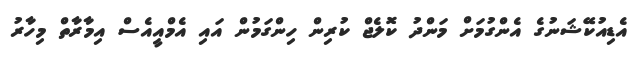
އެޑިއުކޭޝަނުގެ އެންގުމަށް މަންދު ކޮލެޖް ކުރިން ހިންގަމުން އައި އެމްއީއެސް އިމާރާތް މިހާރު